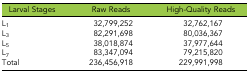
<table><thead><tr><td><b>Larval Stages</b></td><td><b>Raw Reads</b></td><td><b>High-Quality Reads</b></td></tr></thead><tbody><tr><td>L<sub>1</sub></td><td>32,799,252</td><td>32,762,167</td></tr><tr><td>L<sub>3</sub></td><td>82,291,698</td><td>80,036,367</td></tr><tr><td>L<sub>5</sub></td><td>38,018,874</td><td>37,977,644</td></tr><tr><td>L<sub>7</sub></td><td>83,347,094</td><td>79,215,820</td></tr><tr><td>Total</td><td>236,456,918</td><td>229,991,998</td></tr></tbody></table>